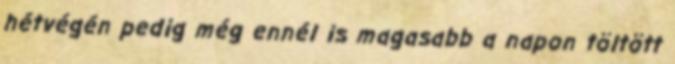
hétvégén pedig még ennél is magasabb a napon töltött